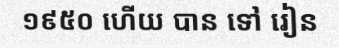
១៩៥០ ហើយ បាន ទៅ រៀន